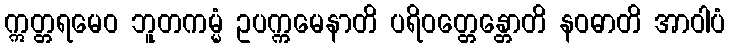
ဣတ္တရမေဝ ဘူတကမ္မံ ဥပက္ကမေနာတိ ပရိဝတ္တေန္တောတိ နဝဓာတိ အာဝါပံ